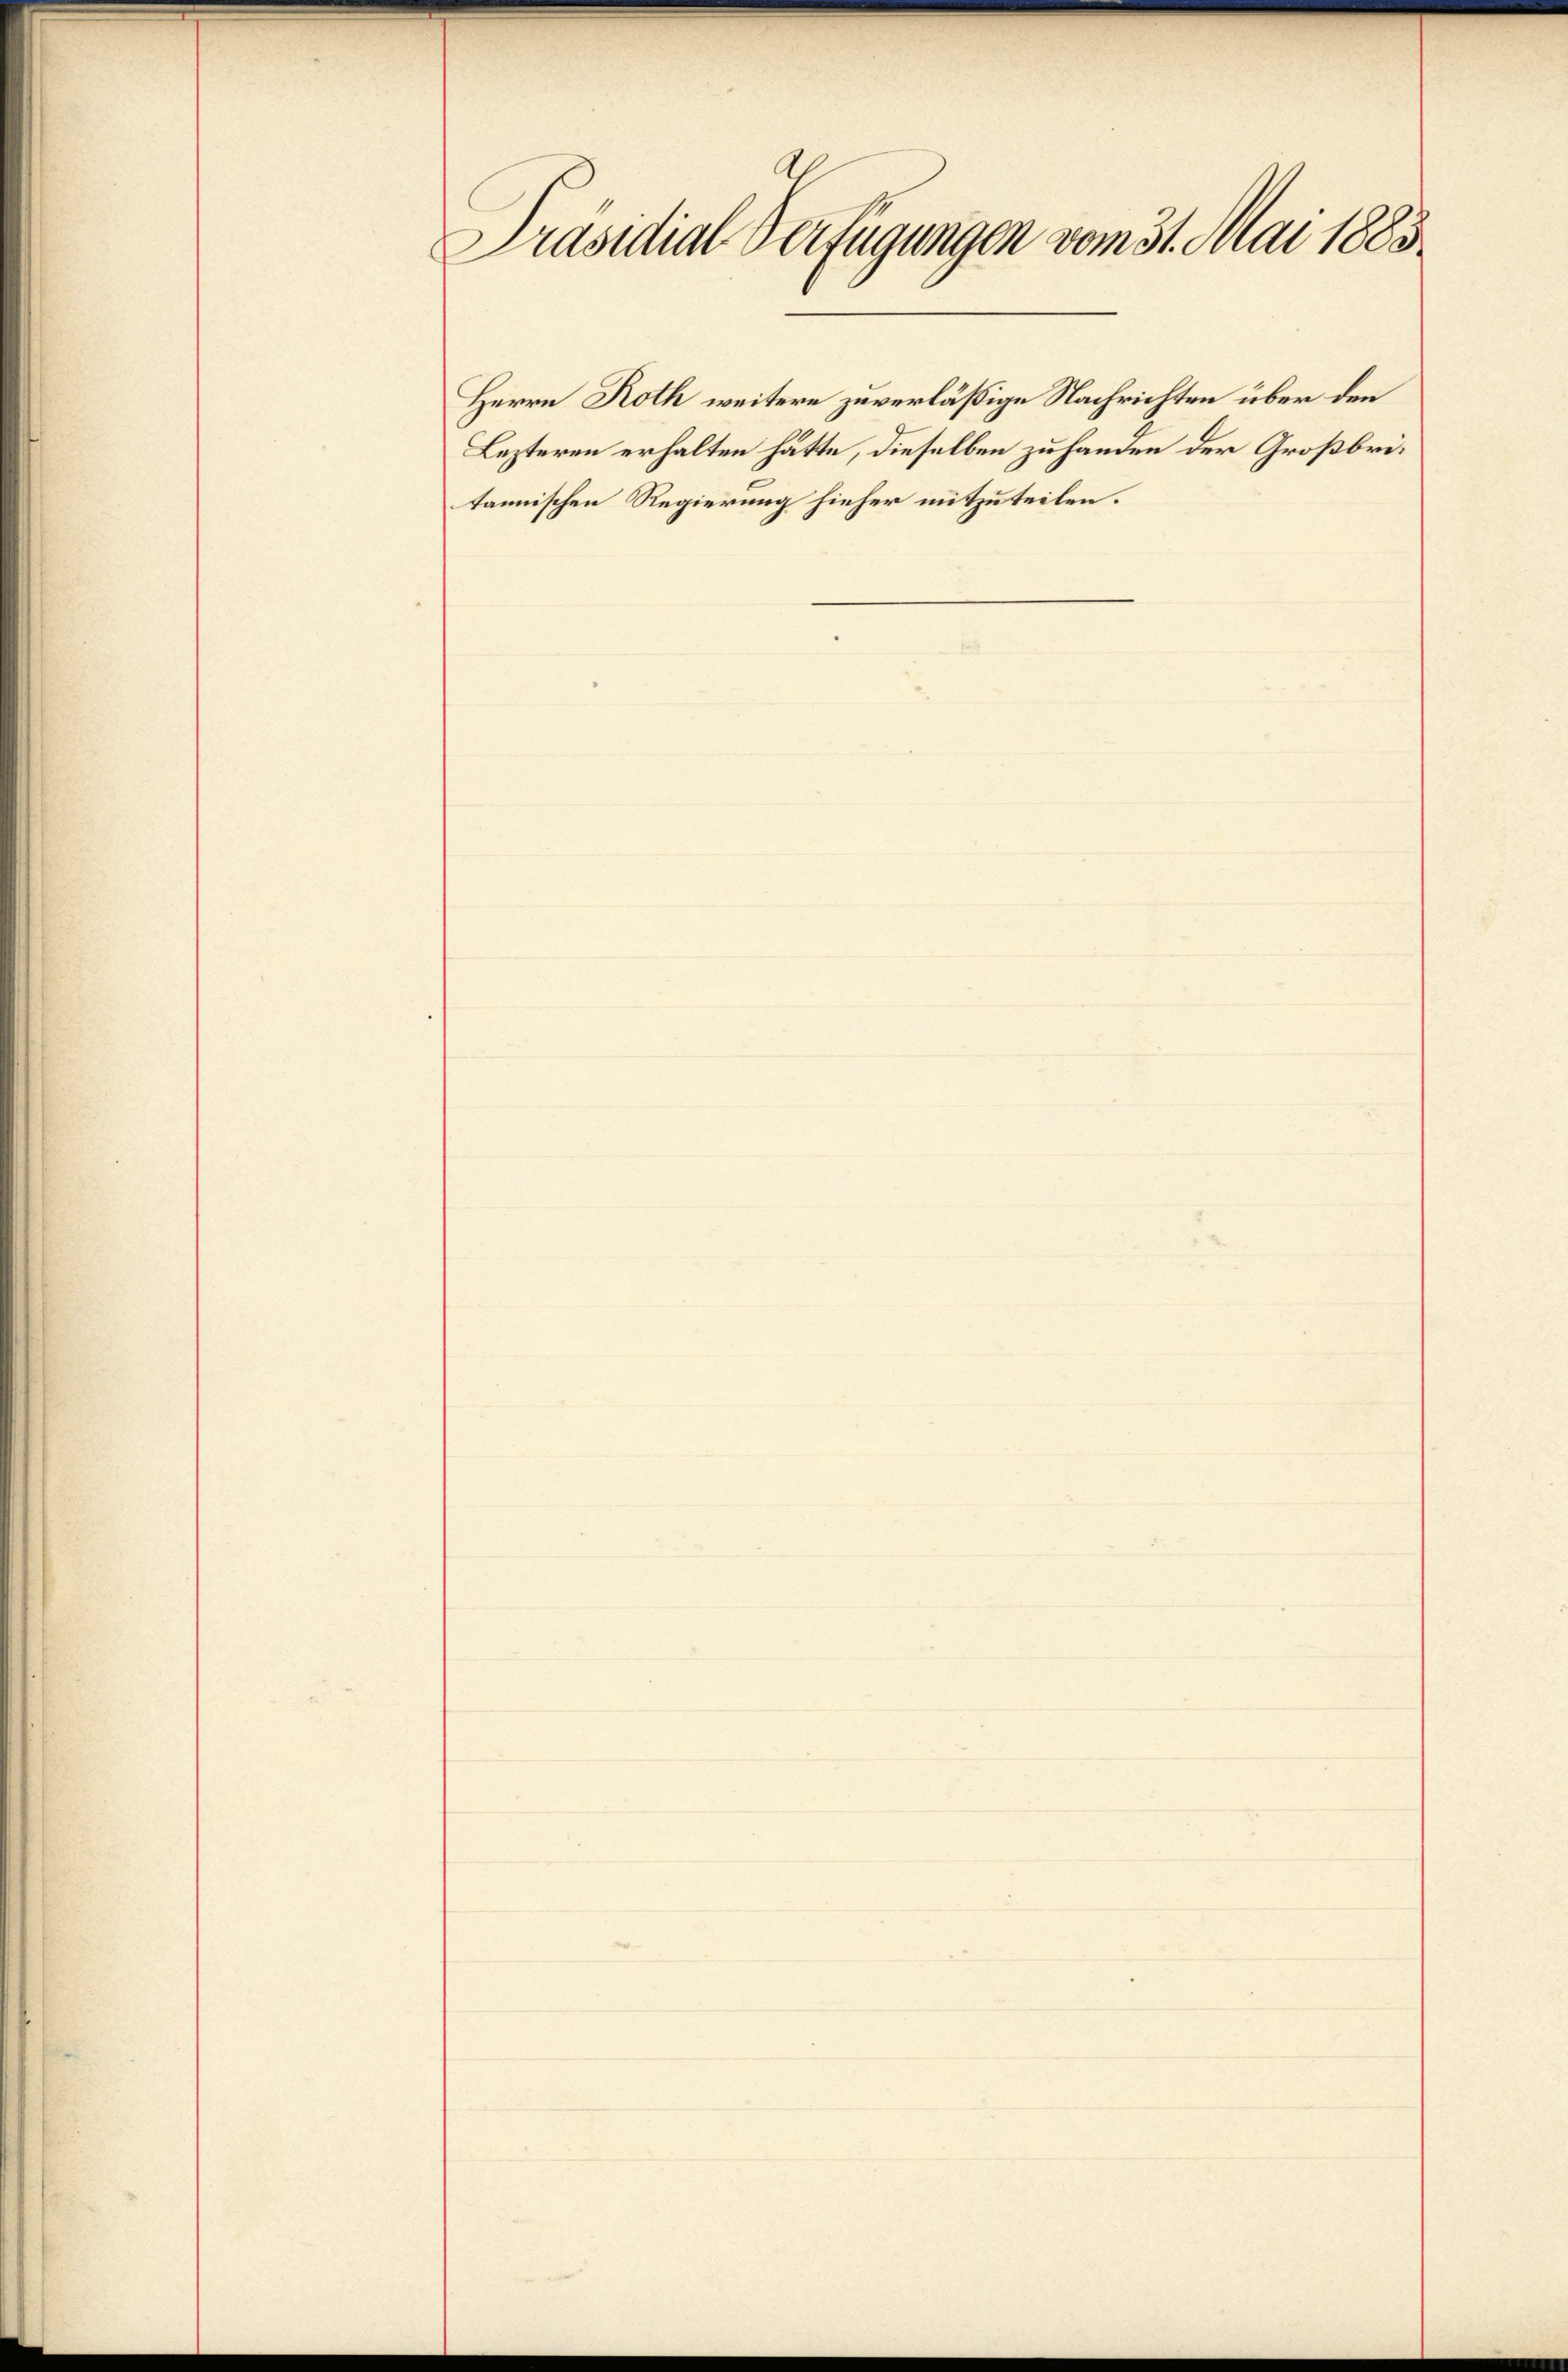
Präsidial-Verfügungen vom 31. Mai 1883.

Herrn Roth weitere zuverläßige Nachrichten über den
Lezteren erhalten hätte, dieselben zu handen der Großbritannischen Regierung hieher mitzuteilen.